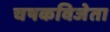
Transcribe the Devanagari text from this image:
चषकविजेता